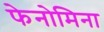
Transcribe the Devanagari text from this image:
फेनोमिना